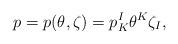
LaTeX: \begin{align*}p = p(\theta,\zeta) = p_K^I \theta^K \zeta_I,\end{align*}